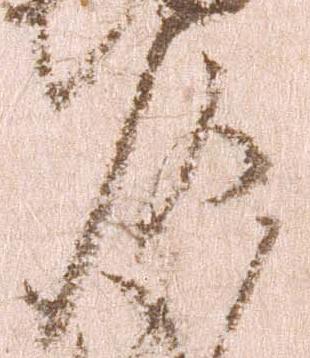
頭